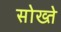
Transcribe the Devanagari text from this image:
सोख्ते